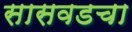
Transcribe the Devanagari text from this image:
सासवडचा